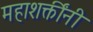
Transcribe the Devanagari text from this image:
महाशक्तींनी